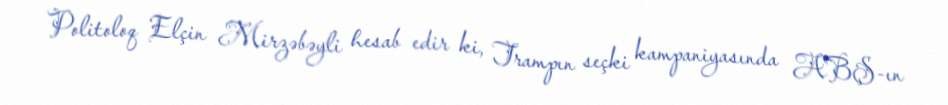
Politoloq Elçin Mirzəbəyli hesab edir ki, Trampın seçki kampaniyasında ABŞ-ın